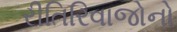
રીતિરિવાજોનો